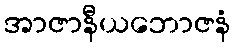
အာဇာနီယဘောဇနံ